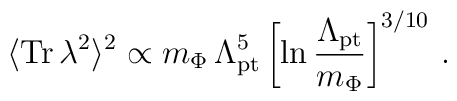
\langle {\rm Tr}\,\lambda^2\rangle^2 \propto m_\Phi \, \Lambda_{\rm pt}^5 \left[\ln  \frac{\Lambda_{\rm pt}}{m_\Phi }\right]^{3/10}\,.